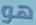
هو